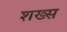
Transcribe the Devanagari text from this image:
शख्‍स